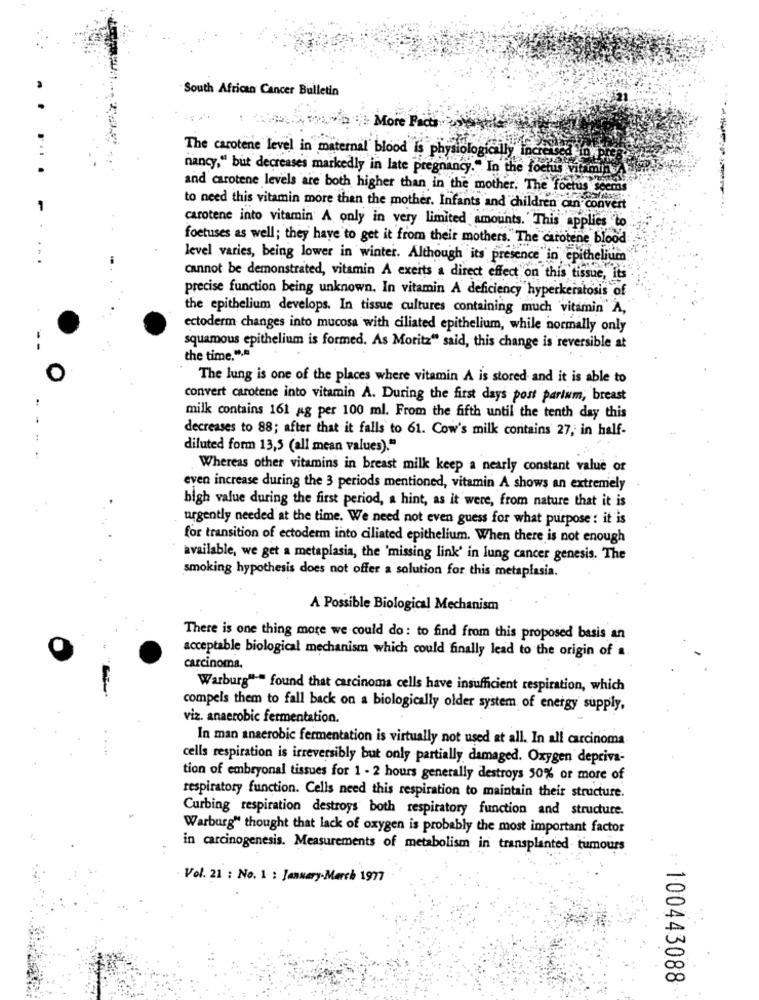
-
South African Cancer Bulletin
WALD More Facts
The carotene level in maternal blood is physiologically incres
nancy," but decreases markedly in late pregnancy." In the foetus vitamin
and carotene levels are both higher than in the mother, The foetus seems
to need this vitamin more than the mother. Infants and children can convert
carotene into vitamin A only in very limited amounts. This applies to
foetuses as well; they have to get it from their mothers." The carotene blood
level varies, being lower in winter. Although its presence in epith
epithelium
cannot be demonstrated, vitamin A exerts a direct effect on this tissue is
precise function being unknown. In vitamin A deficiency hyperkeratosis of
the epithelium develops. In tissue cultures containing much vitamin" A,
ectoderm changes into mucosa with ciliated epithelium, while normally only
squamous epithelium is formed. As Moritz" said, this change is reversible at
the time.",
The lung is one of the places where vitamin A is stored and it is able to
convert carotene into vitamin A. During the first days post partum, breast
milk contains 161 ag per 100 ml. From the fifth until the tenth day this
decreases to 88; after that it falls to 61. Cow's milk contains 27, in half-
diluted form 13,5 (all mean values)."
Whereas other vitamins in breast milk keep a nearly constant value of
even increase during the 3 periods mentioned, vitamin A shows an extremely
high value during the first period, a hint, as it were, from nature that it is
urgently needed at the time. We need not even guess for what purpose : it is
for transition of ectoderm into ciliated epithelium. When there is not enough
available, we get a metaplasia, the 'missing link' in lung cancer genesis. The
smoking hypothesis does not offer a solution for this metaplasia.
A Possible Biological Mechanism
There is one thing mote we could do: to find from this proposed basis an
acceptable biological mechanism which could finally lead to the origin of a.
carcinoma.
Warburg"" found that carcinoma cells have insufficient respiration, which
compels them to fall back on a biologically older system of energy supply,
viz. anaerobic fermentation.
In man anaerobic fermentation is virtually not used at all. In all carcinoma
cells respiration is irreversibly but only partially damaged. Oxygen depriva-
tion of embryonal tissues for 1 - 2 hours generally destroys 50% or more of
respiratory function. Cells need this respiration to maintain their structure.
Curbing respiration destroys both respiratory function and structure.
Warburg" thought that lack of oxygen is probably the most important factor
in carcinogenesis. Measurements of metabolism in transplanted tumours
Vol. 21 : No. 1 : January-March 1977
: 100443088